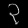
Digit: ၃